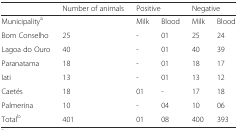
<table><thead><tr><td></td><td><b>Number of animals</b></td><td colspan="2"><b>Positive</b></td><td colspan="2"><b>Negative</b></td></tr></thead><tbody><tr><td>Municipality<sup>a</sup></td><td></td><td>Milk</td><td>Blood</td><td>Milk</td><td>Blood</td></tr><tr><td>Bom Conselho</td><td>25</td><td>-</td><td>01</td><td>25</td><td>24</td></tr><tr><td>Lagoa do Ouro</td><td>40</td><td>-</td><td>01</td><td>40</td><td>39</td></tr><tr><td>Paranatama</td><td>18</td><td>-</td><td>01</td><td>18</td><td>17</td></tr><tr><td>Iati</td><td>13</td><td>-</td><td>01</td><td>13</td><td>12</td></tr><tr><td>Caetés</td><td>18</td><td>01</td><td>-</td><td>17</td><td>18</td></tr><tr><td>Palmerina</td><td>10</td><td>-</td><td>04</td><td>10</td><td>06</td></tr><tr><td>Total<sup>b</sup></td><td>401</td><td>01</td><td>08</td><td>400</td><td>393</td></tr></tbody></table>